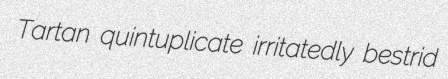
Tartan quintuplicate irritatedly bestrid